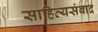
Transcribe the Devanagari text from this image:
साहित्यसंवाद